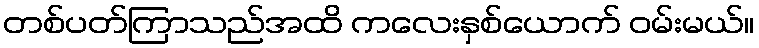
တစ်ပတ်ကြာသည်အထိ ကလေးနှစ်ယောက် ဝမ်းမယ်။